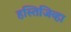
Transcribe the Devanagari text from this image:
हस्तिजिव्हा